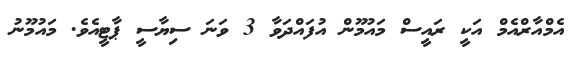
އެމްއާރްއެމް އަކީ ރައީސް މައުމޫން އުފައްދަވާ 3 ވަނަ ސިޔާސީ ޕާޓީއެވެ. މައުމޫނު